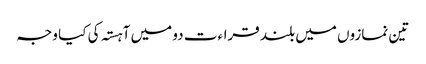
تین نمازوں میں بلند قراءت دو میں آہستہ کی کیا وجہ